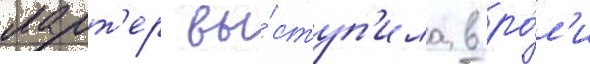
ларт'ер вы́ступ'ила в ро́л'и